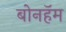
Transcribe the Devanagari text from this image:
बोनहॅम